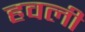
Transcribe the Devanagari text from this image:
हवली